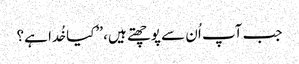
جب آپ اُن سے پوچھتے ہیں، ’’کیا خُدا ہے؟